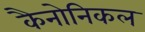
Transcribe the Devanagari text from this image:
कैनोनिकल